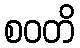
စဝတိ